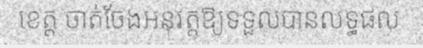
ខេត្ត ចាត់ចែងអនុវត្តឱ្យទទួលបានលទ្ធផល